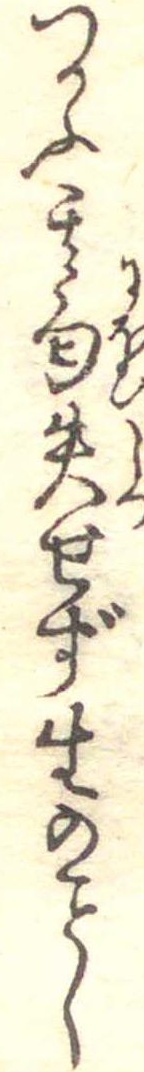
つかふ其匂失せず生のし